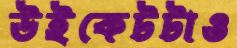
উইকেটটাও